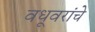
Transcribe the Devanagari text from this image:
वधूवरांचे